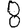
Digit: 8